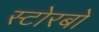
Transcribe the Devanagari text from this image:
स्टोरबो